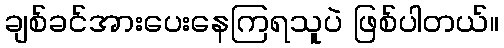
ချစ်ခင်အားပေးနေကြရသူပဲ ဖြစ်ပါတယ်။